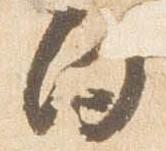
向